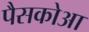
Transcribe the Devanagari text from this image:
पैसकोआ